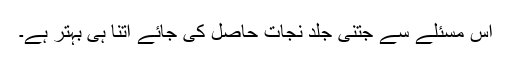
اس مسئلے سے جتنی جلد نجات حاصل کی جائے اتنا ہی بہتر ہے۔